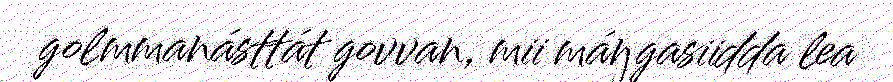
golmmanásttát govvan, mii máŋgasiidda lea